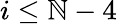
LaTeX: i\le\mathbb{N}-4